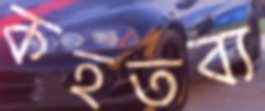
কহতব্য